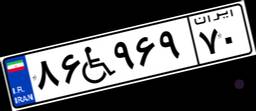
۸۶W۹۶۹۷۰